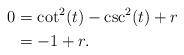
LaTeX: \begin{align*}0& =\cot ^{2}(t)-\csc ^{2}(t)+r \\& =-1+r.\end{align*}